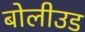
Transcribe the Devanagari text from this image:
बोलीउड